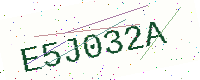
Text: E5J032A